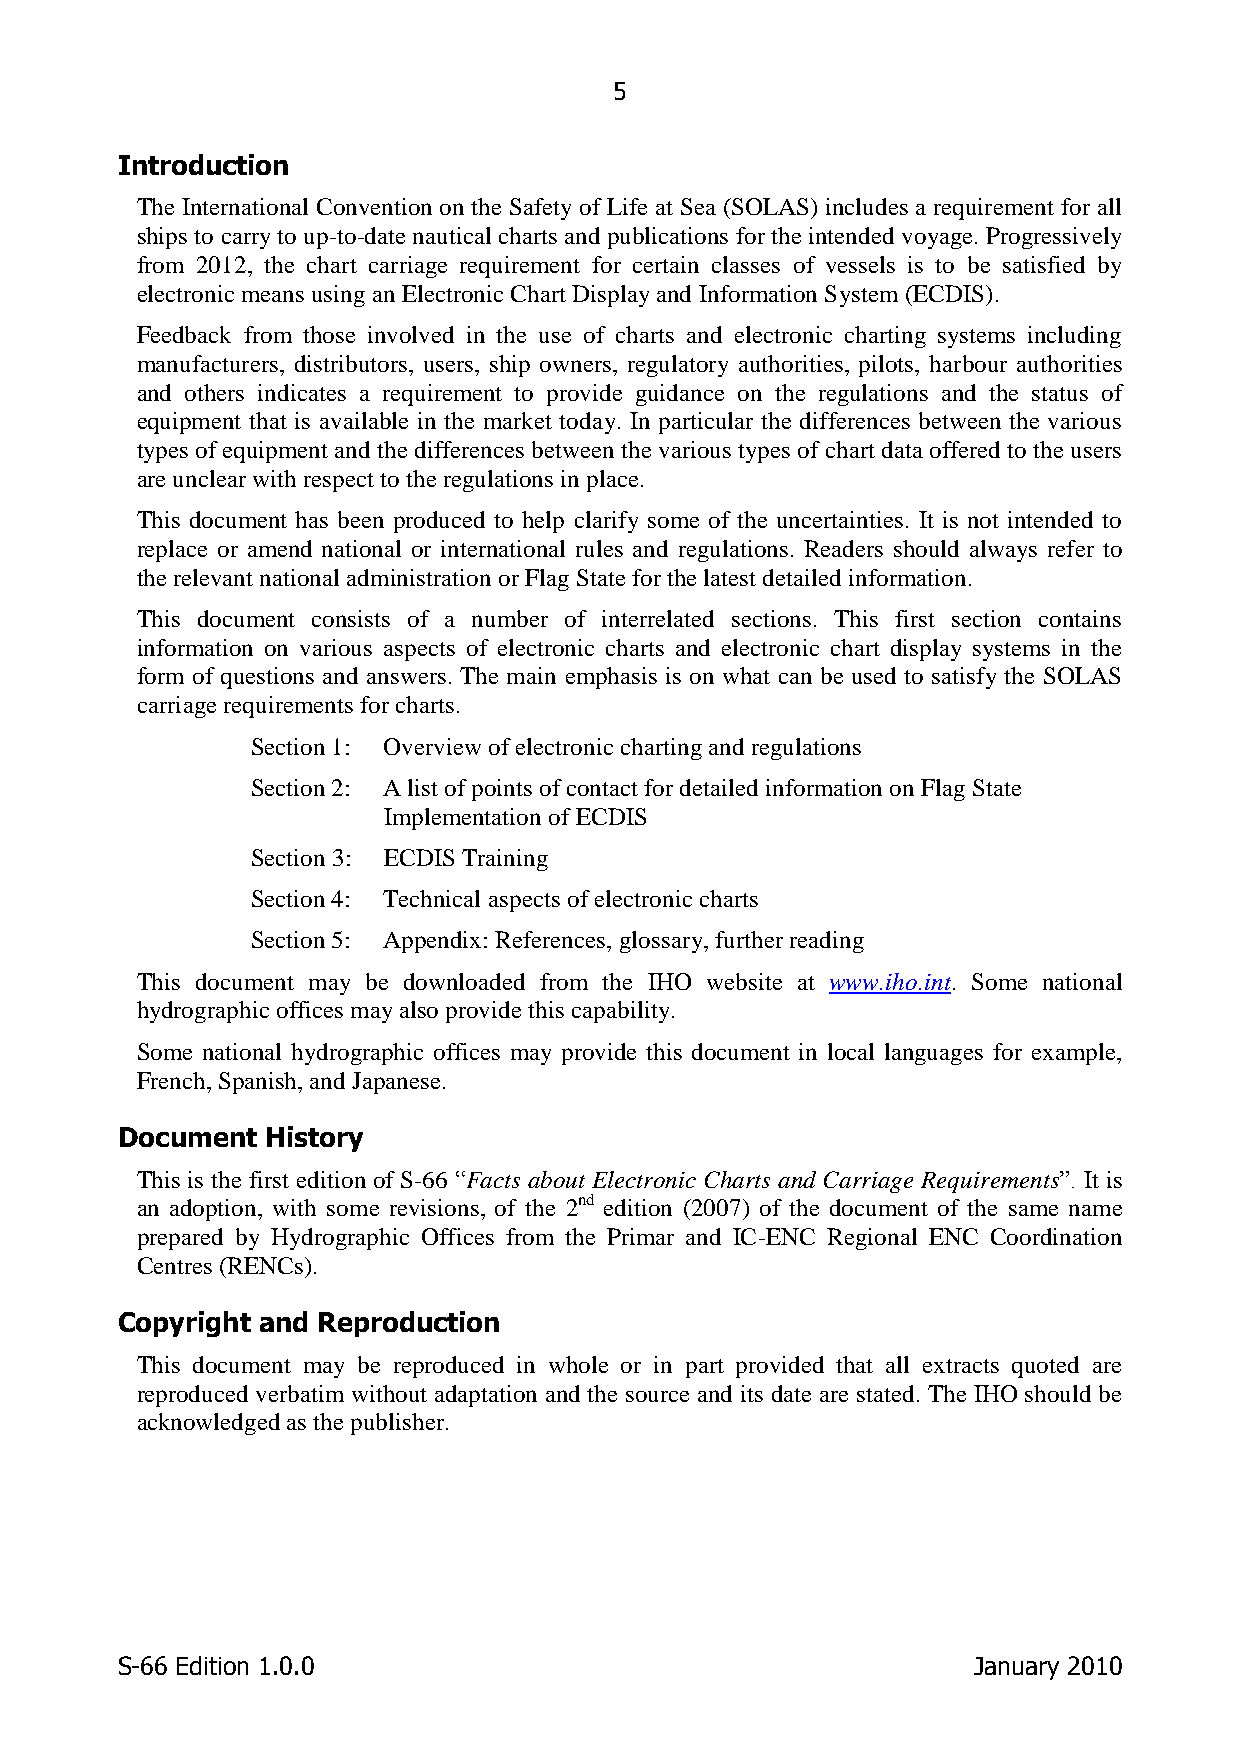
5
 Introduction
 The International Convention on the Safety of Life at Sea (SOLAS) includes a requirement for all
 ships to carry to up-to-date nautical charts and publications for the intended voyage. Progressively
 from 2012, the chart carriage requirement for certain classes of vessels is to be satisfied by
 electronic means using an Electronic Chart Display and Information System (ECDIS).
 Feedback from those involved in the use of charts and electronic charting systems including
 manufacturers, distributors, users, ship owners, regulatory authorities, pilots, harbour authorities
 and others indicates a requirement to provide guidance on the regulations and the status of
 equipment that is available in the market today. In particular the differences between the various
 types of equipment and the differences between the various types of chart data offered to the users
 are unclear with respect to the regulations in place.
 This document has been produced to help clarify some of the uncertainties. It is not intended to
 replace or amend national or international rules and regulations. Readers should always refer to
 the relevant national administration or Flag State for the latest detailed information.
 This document consists of a number of interrelated sections. This first section contains
 information on various aspects of electronic charts and electronic chart display systems in the
 form of questions and answers. The main emphasis is on what can be used to satisfy the SOLAS
 carriage requirements for charts.
 Section 1: Overview of electronic charting and regulations
 Section 2: A list of points of contact for detailed information on Flag State
 Implementation of ECDIS
 Section 3: ECDIS Training
 Section 4: Technical aspects of electronic charts
 Section 5: Appendix: References, glossary, further reading
 This document may be downloaded from the IHO website at www.iho.int. Some national
 hydrographic offices may also provide this capability.
 Some national hydrographic offices may provide this document in local languages for example,
 French, Spanish, and Japanese.
 Document  History
 This is the first edition of S-66 “Facts about Electronic Charts and Carriage Requirements”. It is
 an adoption, with some revisions, of the 2nd edition (2007) of the document of the same name
 prepared by Hydrographic Offices from the Primar and IC-ENC Regional ENC Coordination
 Centres (RENCs).
 Copyright and Reproduction
 This document may be reproduced in whole or in part provided that all extracts quoted are
 reproduced verbatim without adaptation and the source and its date are stated. The IHO should be
 acknowledged as the publisher.
 S-66 Edition 1.0.0                                      January 2010